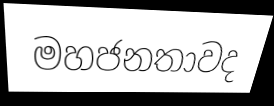
මහජනතාවද